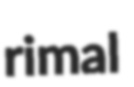
rimal